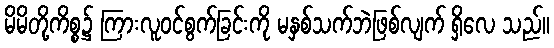
မိမိတို့ကိစ္စ၌ ကြားလူဝင်စွက်ခြင်းကို မနှစ်သက်ဘဲဖြစ်လျက် ရှိလေ သည်။